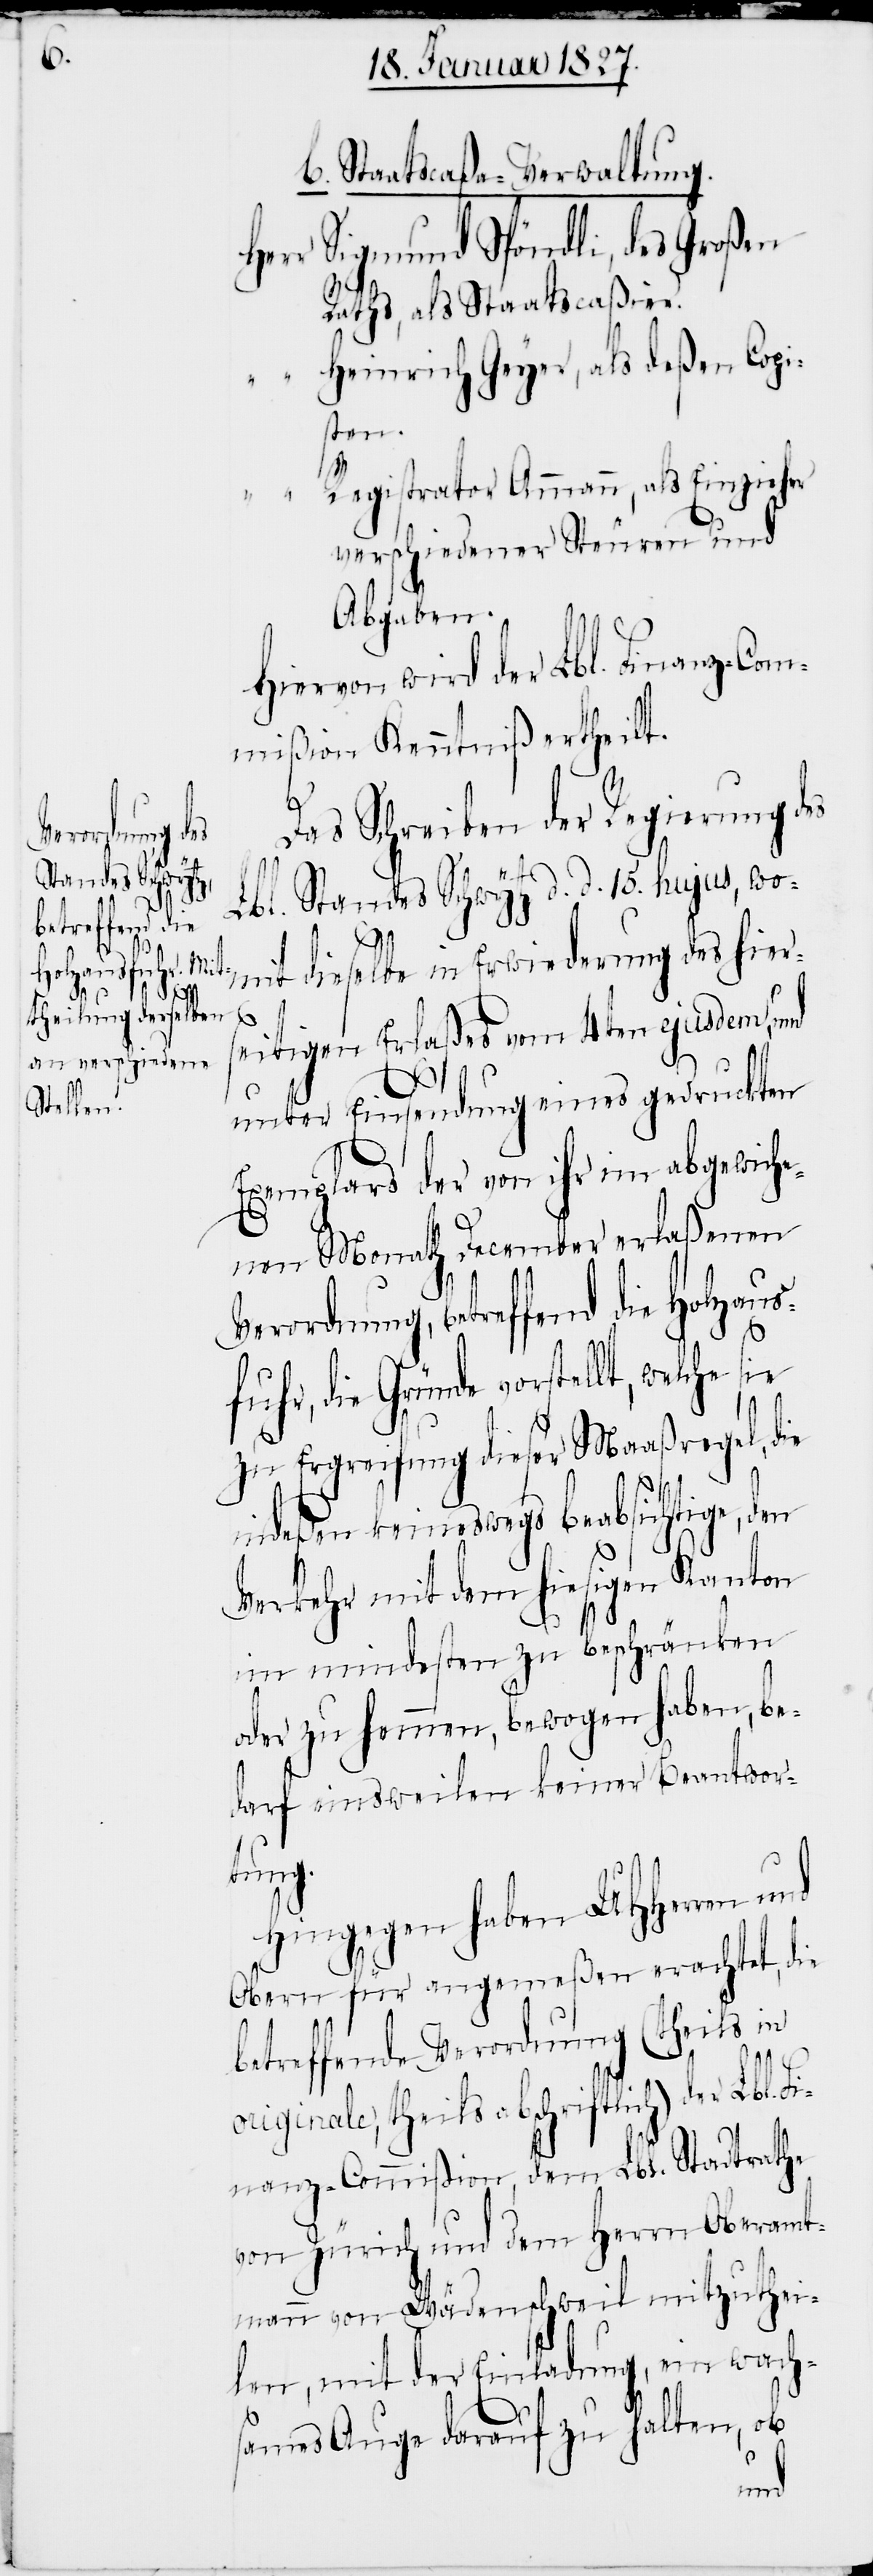
b. Staatscaßa-Verwaltung.
Herr Sigmund Spöndli, des Großen
Raths, als Staatscaßier.
“ Heinrich Geyer, als deßen Copi¬
sten.
Registrator Ammann, als Einzieher
verschiedener Steuern und
Abgaben.
Hiervon wird der Lbl. Finanz-Com¬
mißion Kenntniß ertheilt.
Das Schreiben der Regierung des
Standes Schwytz d. d. 15. hujus, wo¬
mit dieselbe in Erwiederung des hiers¬
eitigen Erlaßes vom 4ten ejusdem, und
unter Einsendung eines gedruckten
Exemplars der von ihr im abgewich¬
enen Monath December erlaßenen
Verordnung, betreffend die Holzaus¬
fuhr, die Gründe vorstellt, welche
zu Ergreifung dieser Maaßregel, die
indeßen keineswegs beabsichtige, den
Verkehr mit dem hiesigen Kanton
im mindesten zu beschränken
oder zu hemmen, bewogen haben, be¬
darf einsweilen keiner Beantwor¬
tung.
Hingegen haben UHHerren und
Obern für angemeßen erachtet, die
betreffende Verordnung (theils in
originale, theils abschriftlich) der Lbl.
Finanz-Commißion, dem Lbl. Stadtrathe
von Zürich und dem Herrn Oberamt¬
mann von Wädenschweil mitzuthei¬
len, mit der Einladung, ein wach¬
sames Auge darauf zu halten, ob